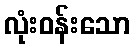
လုံးဝန်းသော